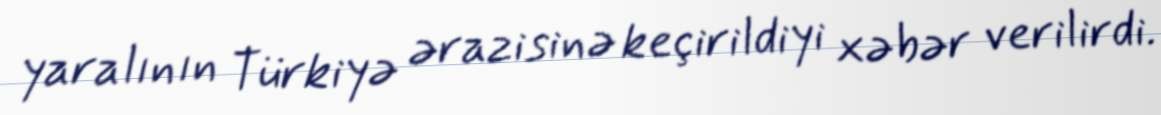
yaralının Türkiyə ərazisinə keçirildiyi xəbər verilirdi.